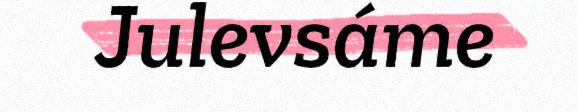
Julevsáme